Trukikaitis_Postimees, lk 65
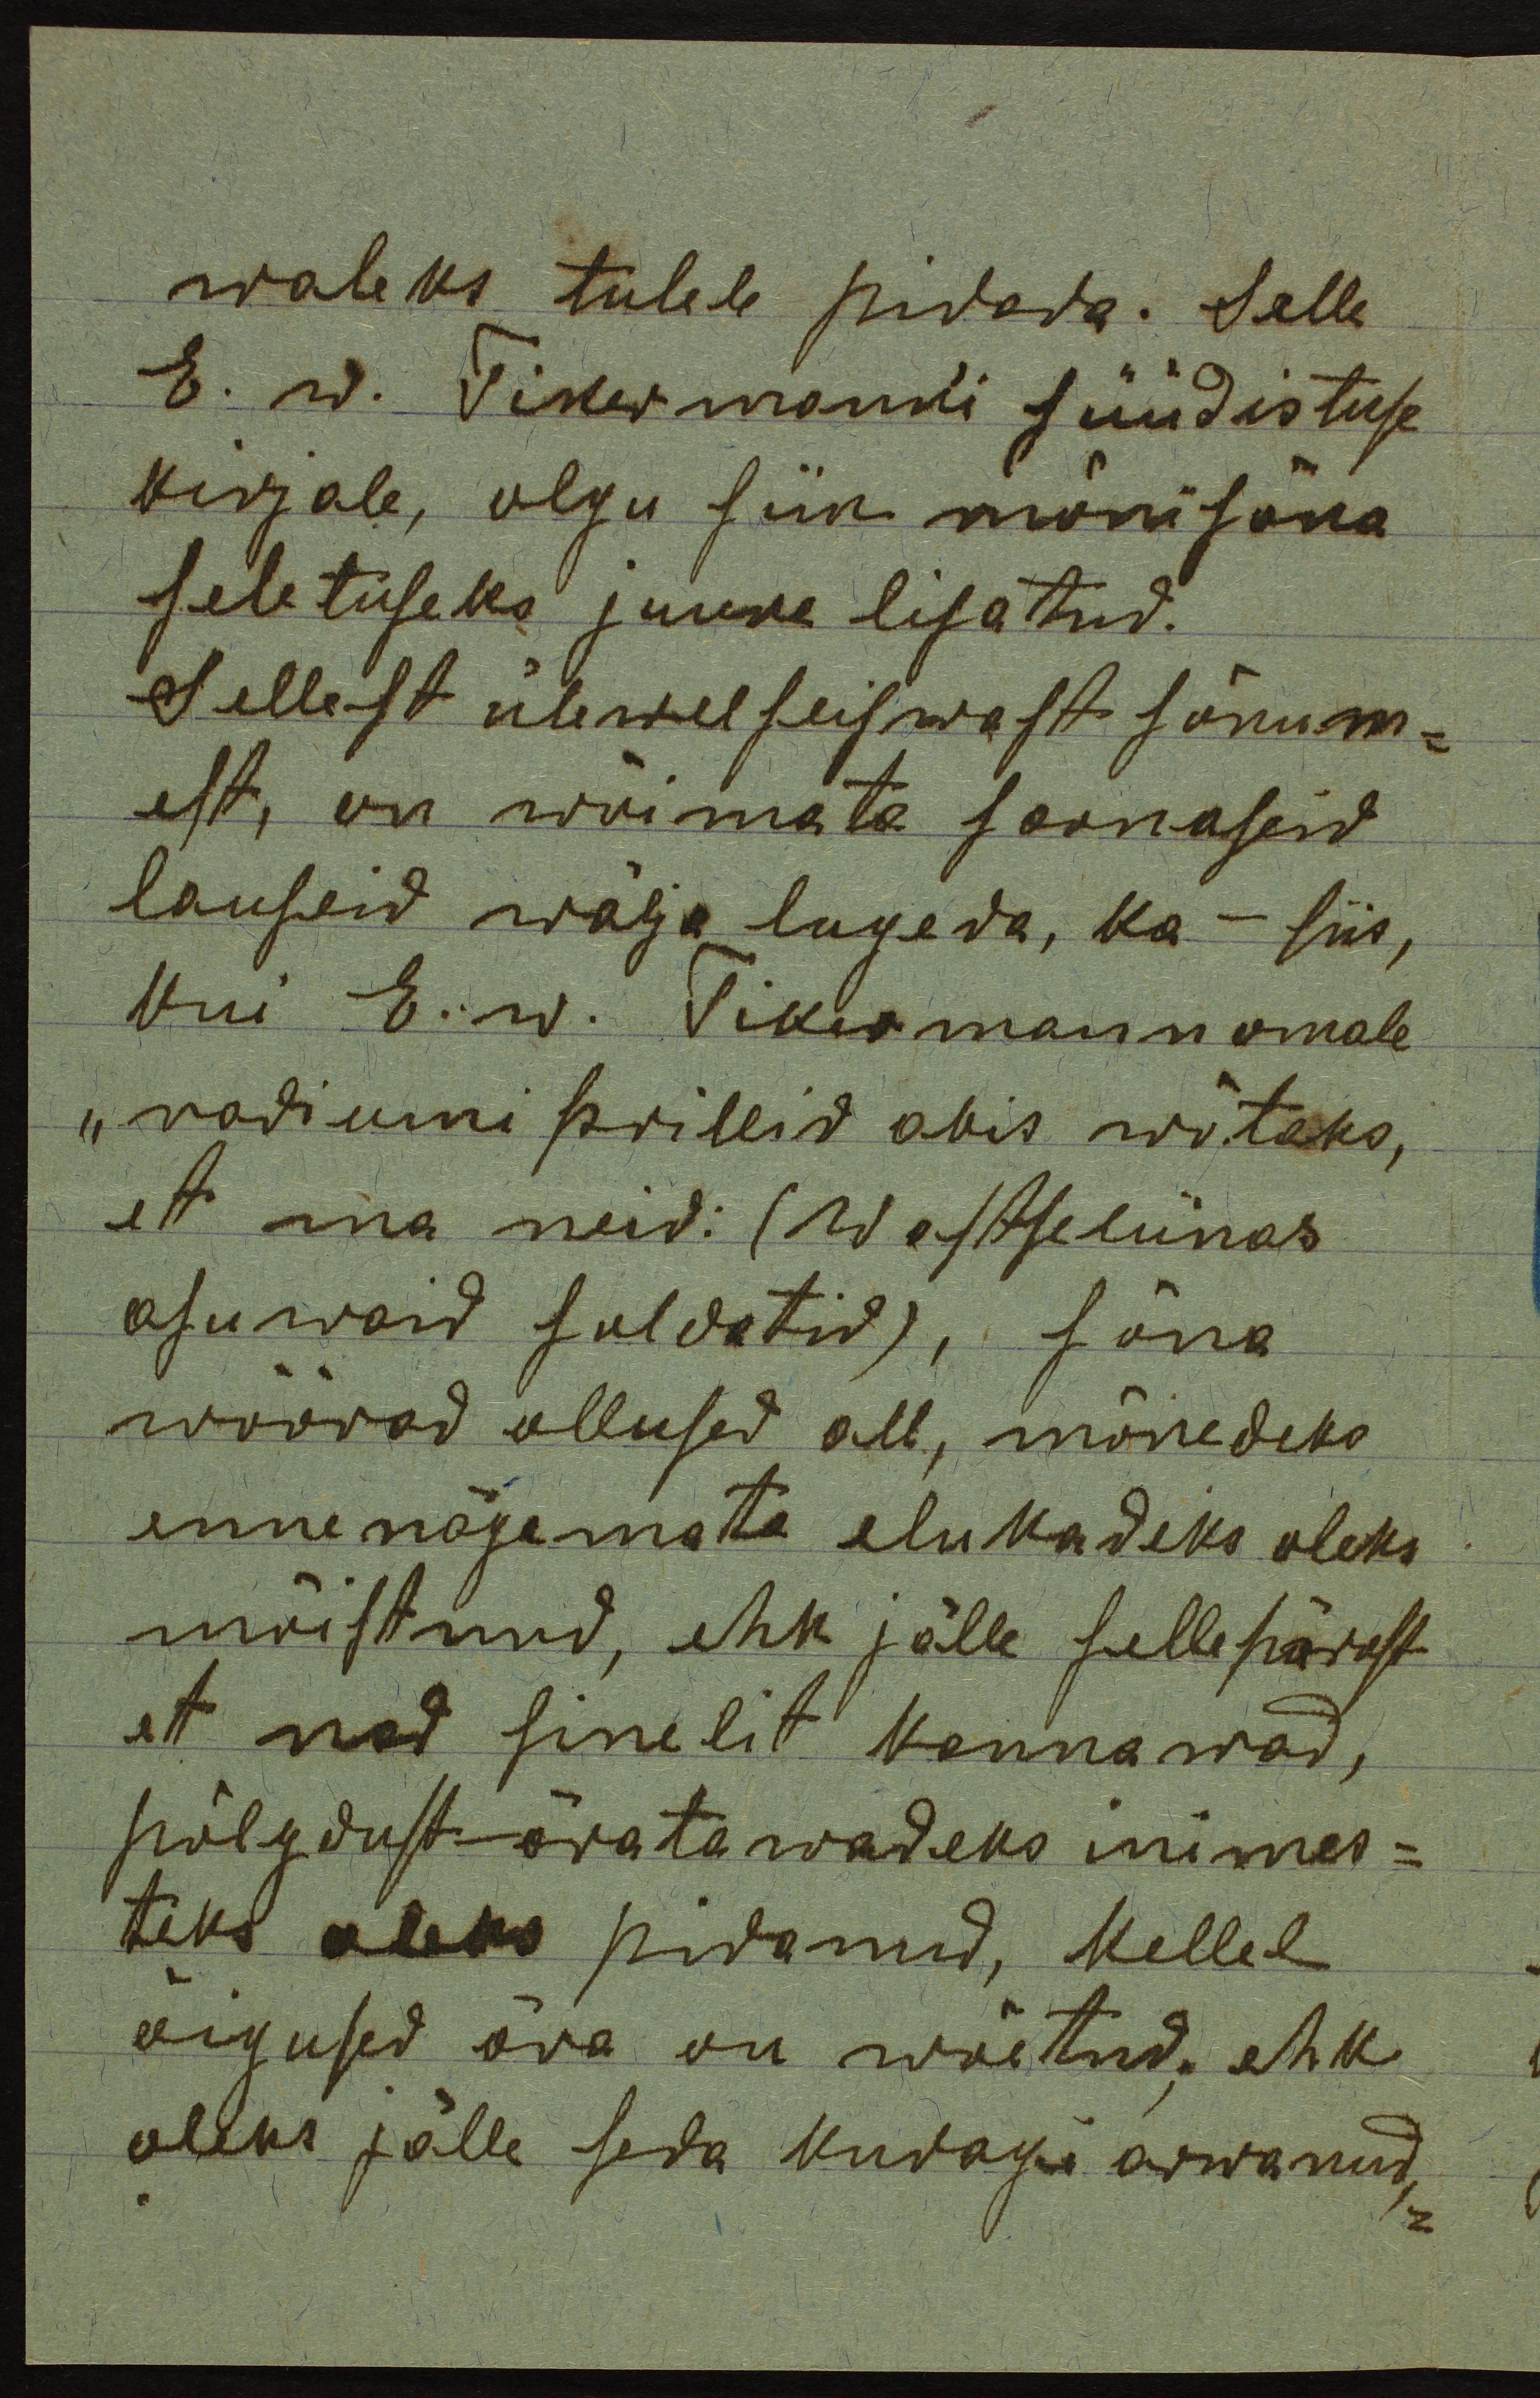
waleks tuleb pidada. Selle
E. W. Tikermanni süüdistuse
kirjale, olgu siin mõni sõna
seletuseks juure lisatud.
Sellest ülewel seiswast sõnum-
est, on wõimata sarnaseid
lauseid wälja lugeda, ka - siis,
Kui E.w. Tikermann omale
"vadiumi prillid abis wõtaks,
et ma neid: (Westseliinas
asuwaid soldatid), sõna
wõõrad ollused all, mõnedeks
ennenägemata elukadeks oleks
mõistnud, ehk jälle sellepärast
et nad sinelit kannawad,
põlgvust äratawadeks inimes-
teks oleks pidanud, kellel
õigused ora on wõetud, ehk
oleks jälle seda kudagi arwanud,